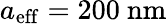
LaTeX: {a_{\mathrm{eff}}=200\ \mathrm{nm}}